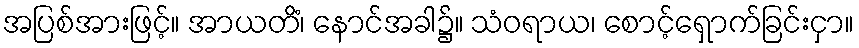
အပြစ်အားဖြင့်။ အာယတိံ၊ နောင်အခါ၌။ သံဝရာယ၊ စောင့်ရှောက်ခြင်းငှာ။